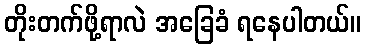
တိုးတက်ဖို့ရာလဲ အခြေခံ ရနေပါတယ်။